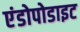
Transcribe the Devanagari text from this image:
एंडोपोडाइट